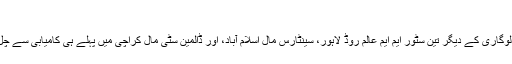
‘
کانچی اینڈ لوگاری کے دیگر تین سٹور ایم ایم عالم روڈ لاہور، سینٹارس مال اسلام آباد، اور ڈالمین سٹی مال کراچی میں پہلے ہی کامیابی سے چل رہے ہیں۔